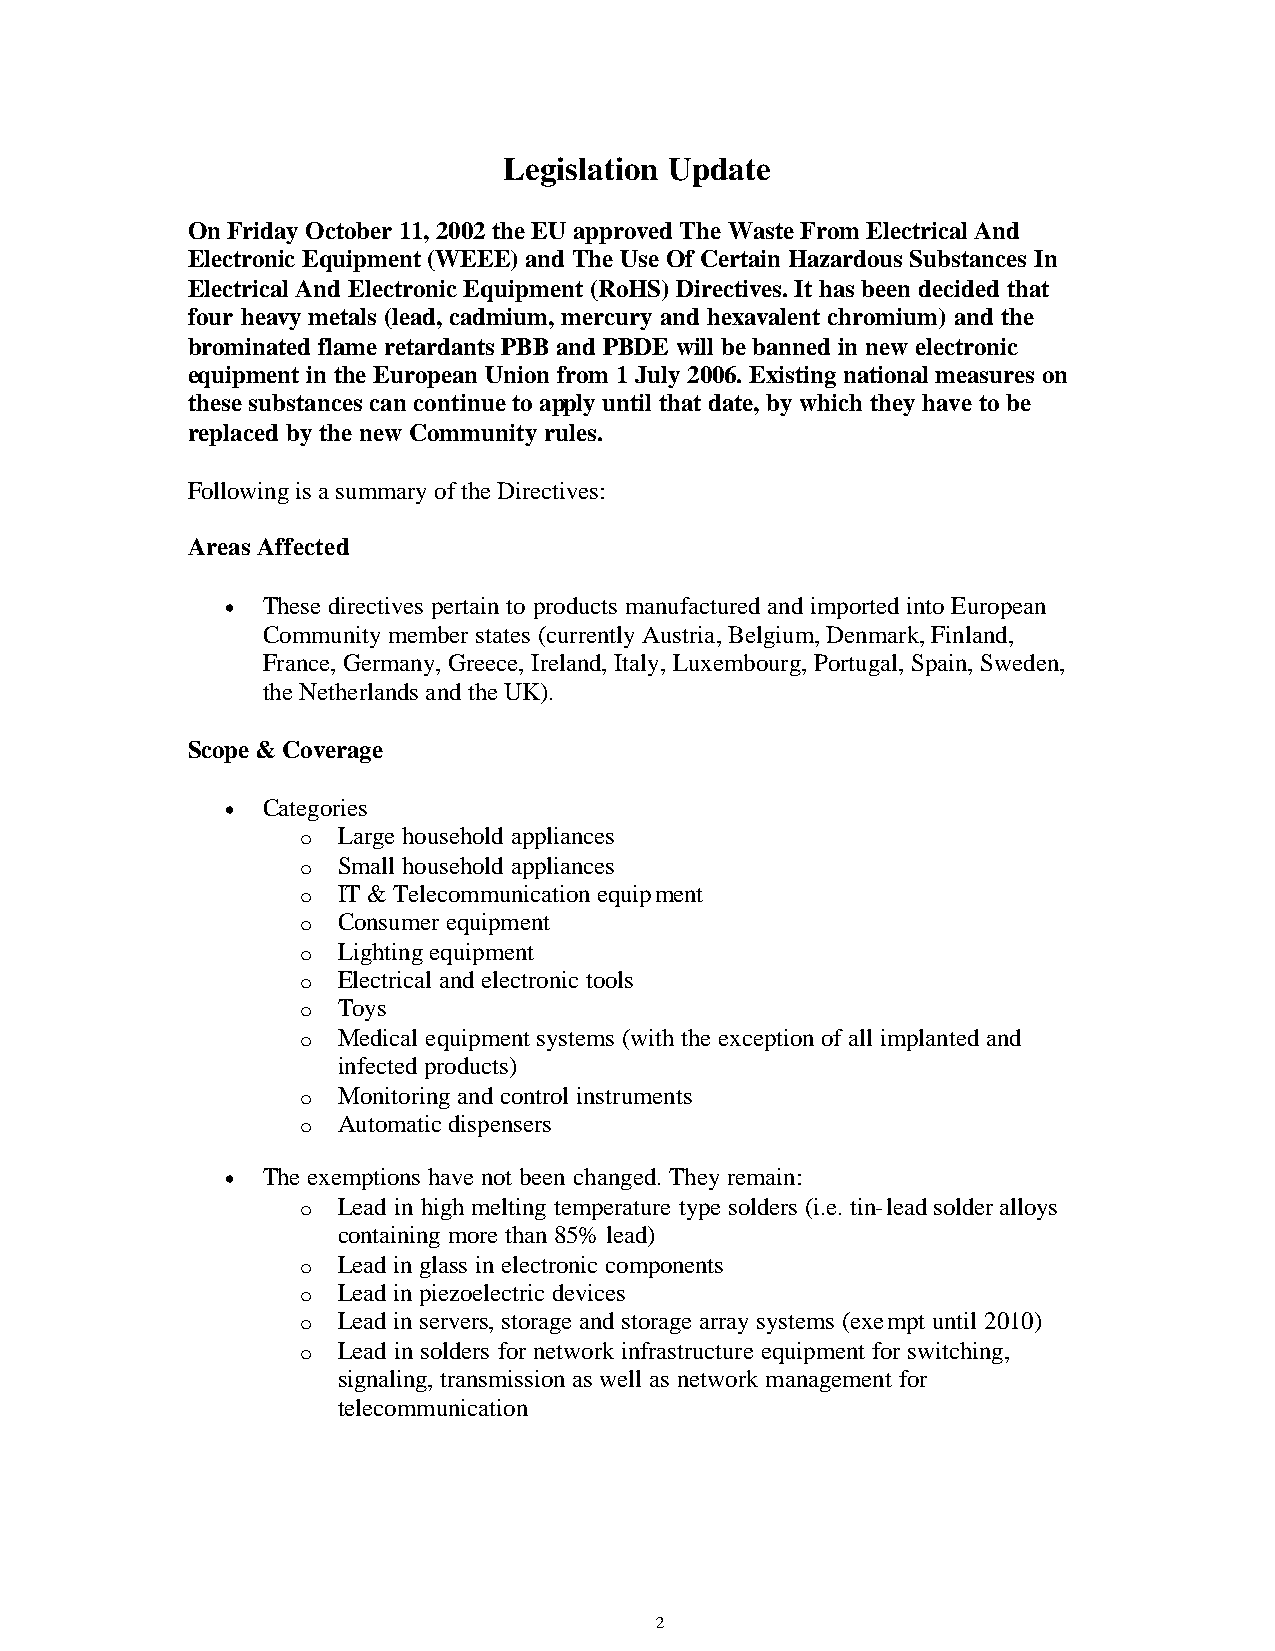
Legislation Update
 On Friday October 11, 2002 the EU approved The Waste From Electrical And
 Electronic Equipment (WEEE) and The Use Of Certain Hazardous Substances In
 Electrical And Electronic Equipment (RoHS) Directives. It has been decided that
 four heavy metals (lead, cadmium, mercury and hexavalent chromium) and the
 brominated flame retardants PBB and PBDE will be banned in new electronic
 equipment in the European Union from 1 July 2006. Existing national measures on
 these substances can continue to apply until that date, by which they have to be
 replaced by the new Community rules.
 Following is a summary of the Directives:
 Areas Affected
 • These directives pertain to products manufactured and imported into European
 Community member states (currently Austria, Belgium, Denmark, Finland,
 France, Germany, Greece, Ireland, Italy, Luxembourg, Portugal, Spain, Sweden,
 the Netherlands and the UK).
 Scope & Coverage
 • Categories
 o Large household appliances
 o Small household appliances
 o IT & Telecommunication equipment
 o Consumer equipment
 o Lighting equipment
 o Electrical and electronic tools
 o Toys
 o Medical equipment systems (with the exception of all implanted and
 infected products)
 o Monitoring and control instruments
 o Automatic dispensers
 • The exemptions have not been changed. They remain:
 o Lead in high melting temperature type solders (i.e. tin-lead solder alloys
 containing more than 85% lead)
 o Lead in glass in electronic components
 o Lead in piezoelectric devices
 o Lead in servers, storage and storage array systems (exempt until 2010)
 o Lead in solders for network infrastructure equipment for switching,
 signaling, transmission as well as network management for
 telecommunication
 2